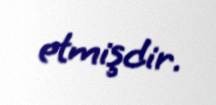
etmişdir.